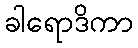
ခါရောဒိကာ